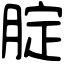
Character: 腚